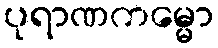
ပုရာဏကမ္မော